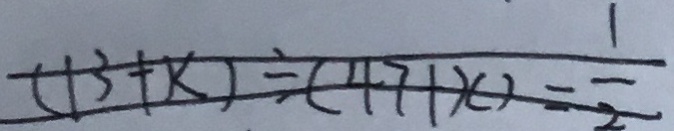
( 1 3 + x ) \div ( 4 7 + x ) = \frac { 1 } { 2 }